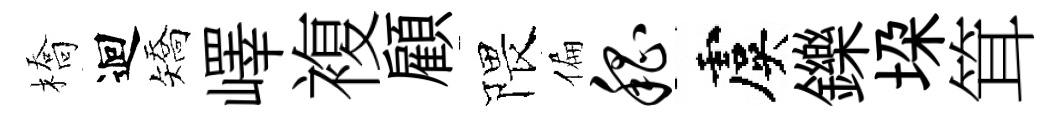
橋迴矯嶧複顧隈偏嵇虞鑠垜䇯